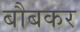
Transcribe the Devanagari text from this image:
बौबकर